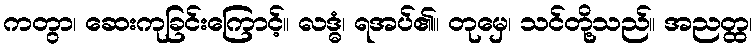
ကတွာ၊ ဆေးကုခြင်းကြောင့်။ လဒ္ဓံ၊ ရအပ်၏။ တုမှေ၊ သင်တို့သည်။ အညတ္ထ၊